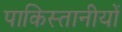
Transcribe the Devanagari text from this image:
पाकिस्तानीयों